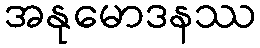
အနုမောဒနဿ